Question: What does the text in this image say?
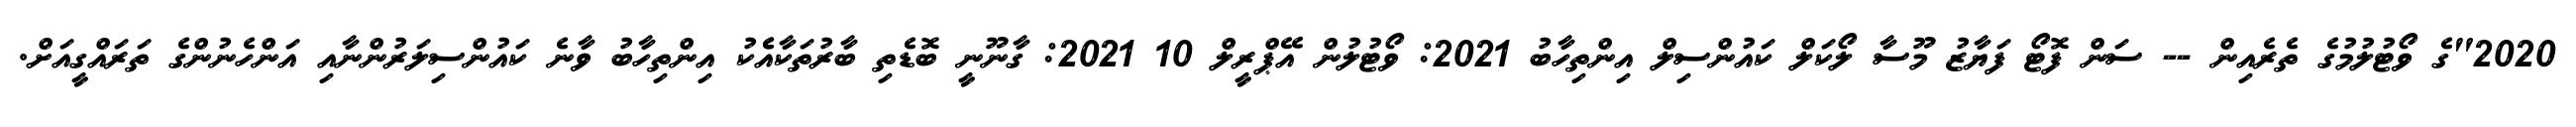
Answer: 2020"ގެ ވޯޓުލުމުގެ ތެރެއިން -- ސަން ފޮޓޯ ފަޔާޒު މޫސާ ލޯކަލް ކައުންސިލް އިންތިހާބު 2021: ވޯޓުލުން އޭޕްރީލް 10 2021: ގާނޫނީ ބޮޑެތި ބާރުތަކާއެެކު އިންތިހާބު ވާނެ ކައުންސިލަރުންނާއި އަންހެނުންގެ ތަރައްގީއަށް.